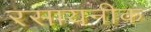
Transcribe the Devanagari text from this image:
रसायनीक